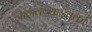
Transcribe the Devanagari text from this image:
जाणवण्याइतका